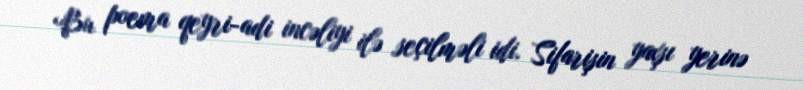
Bu poema qeyri-adi incəliyi ilə seçilməli idi. Sifarişin yaxşı yerinə